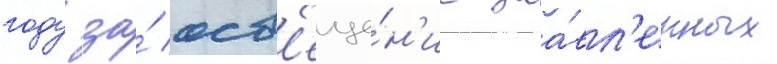
году за́ осв'еще́н'ие заа́вл'енных